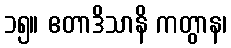
၁၅။ ဧတာဒိသာနိ ကတွာန၊